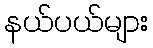
နယ်ပယ်များ